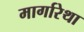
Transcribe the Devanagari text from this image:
मार्गारेथा